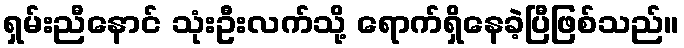
ရှမ်းညီနောင် သုံးဦးလက်သို့ ရောက်ရှိနေခဲ့ပြီဖြစ်သည်။